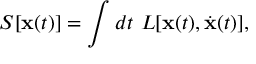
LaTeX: S [ \mathbf { x } ( t ) ] = \int d t ~ L [ \mathbf { x } ( t ) , \dot { \mathbf { x } } ( t ) ] ,